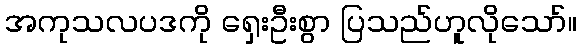
အကုသလပဒကို ရှေးဦးစွာ ပြသည်ဟူလိုသော်။